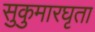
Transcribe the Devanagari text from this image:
सुकुमारघृता